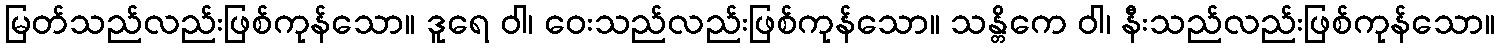
မြတ်သည်လည်းဖြစ်ကုန်သော။ ဒူရေ ဝါ၊ ဝေးသည်လည်းဖြစ်ကုန်သော။ သန္တိကေ ဝါ၊ နီးသည်လည်းဖြစ်ကုန်သော။